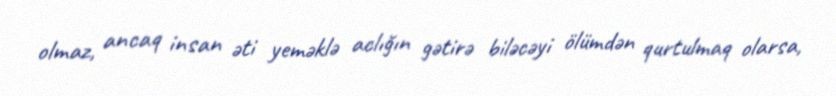
olmaz, ancaq insan əti yeməklə aclığın gətirə biləcəyi ölümdən qurtulmaq olarsa,